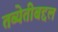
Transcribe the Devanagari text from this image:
तब्येतीबद्दल